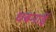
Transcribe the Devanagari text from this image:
धबनाईे